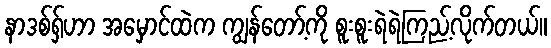
နာဒစ်ရှ်ဟာ အမှောင်ထဲက ကျွန်တော့်ကို စူးစူးရဲရဲကြည့်လိုက်တယ်။